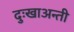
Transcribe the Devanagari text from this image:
दुःखाअन्ती